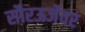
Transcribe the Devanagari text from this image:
सौरऊर्जेवर